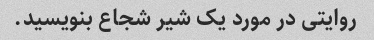
روایتی در مورد یک شیر شجاع بنویسید.